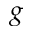
g